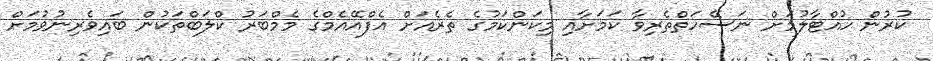
ކުރުން ހުއްޓާލުމަށް ނަސޭހަތްތެރިވާ ކަމަށާއި މިކަންކަމުގެ ތެރެއަށް އެފްއޭއެމްގެ މެމްބަރު ކްލަބްތަކުން ބައިވެރިނުވުމަށް